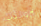
لأولئك